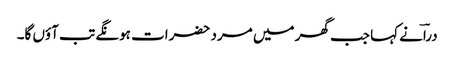
دراؔنے کہا جب گھر میں مرد حضرات ہونگے تب آؤں گا۔